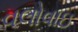
વલોવાઇ